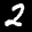
Label: 2